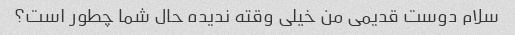
سلام دوست قدیمی من خیلی وقته ندیده حال شما چطور است؟